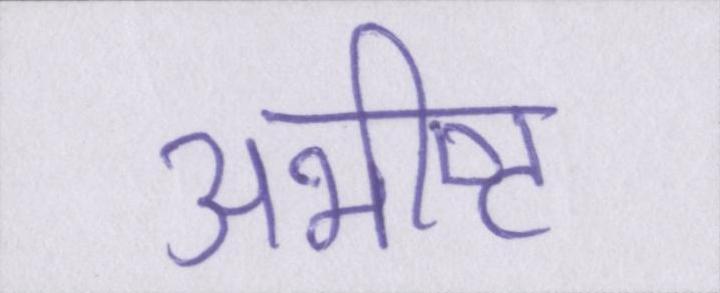
अभीष्ट